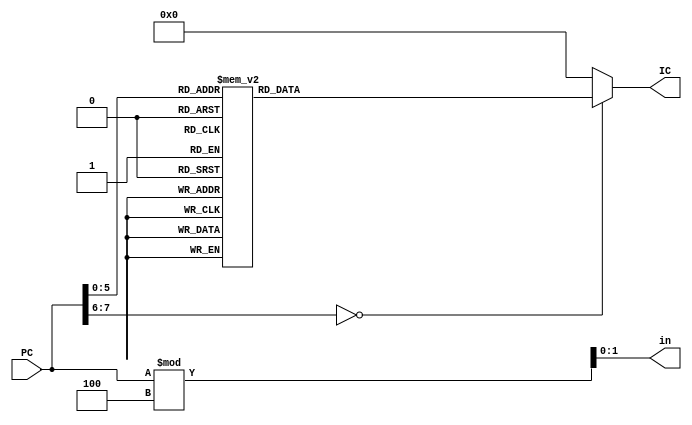
`timescale 1ns / 1ns
module Instruction_Mem(PC,IC,in);
  input [7:0]PC;
  output[7:0] IC;
  output [1:0]in;
  reg [7:0]my_IMreg;
  
  always @(*) begin
    case(PC) 
      8'b00000000: my_IMreg <= 8'b00000000; 
      8'b00000001: my_IMreg <= 8'b00000000; 
      8'b00000010: my_IMreg <= 8'b00000000; 
      8'b00000011: my_IMreg <= 8'b00000000; //ISA Idnetifier instruction 
      8'b00000100: my_IMreg <= 8'b00000101; 
      8'b00000101: my_IMreg <= 8'b01000000; 
      8'b00000110: my_IMreg <= 8'b10100000; 
      8'b00000111: my_IMreg <= 8'b11100011; //MOV R4 #3
      8'b00001000: my_IMreg <= 8'b00000000; 
      8'b00001001: my_IMreg <= 8'b00010000; 
      8'b00001010: my_IMreg <= 8'b10100000; 
      8'b00001011: my_IMreg <= 8'b11100011; //MOV R1 #0
      8'b00001100: my_IMreg <= 8'b00000001;
      8'b00001101: my_IMreg <= 8'b00100000; 
      8'b00001110: my_IMreg <= 8'b10100000;
      8'b00001111: my_IMreg <= 8'b11100011; //MOV R2 #1
      8'b00010000: my_IMreg <= 8'b00000110; 
      8'b00010001: my_IMreg <= 8'b00000000; 
      8'b00010010: my_IMreg <= 8'b00000000; 
      8'b00010011: my_IMreg <= 8'b00001010; //BZ #6
      8'b00010100: my_IMreg <= 8'b00000001; 
      8'b00010101: my_IMreg <= 8'b01000000; 
      8'b00010110: my_IMreg <= 8'b01000100; 
      8'b00010111: my_IMreg <= 8'b11100010; // SUB R4 R4 #1
      8'b00011000: my_IMreg <= 8'b00000001; 
      8'b00011001: my_IMreg <= 8'b00110000; 
      8'b00011010: my_IMreg <= 8'b10000010; 
      8'b00011011: my_IMreg <= 8'b11100000; //ADD R3 R2 R1 
      8'b00011100: my_IMreg <= 8'b00000010; 
      8'b00011101: my_IMreg <= 8'b00010000; 
      8'b00011110: my_IMreg <= 8'b10100000; 
      8'b00011111: my_IMreg <= 8'b11100001; //MOV R1 R2
      8'b00100000: my_IMreg <= 8'b00000011; 
      8'b00100001: my_IMreg <= 8'b00100000; 
      8'b00100010: my_IMreg <= 8'b10100000; 
      8'b00100011: my_IMreg <= 8'b11100001; //MOV R2 R3
      8'b00100100: my_IMreg <= 8'b11111010; 
      8'b00100101: my_IMreg <= 8'b00000000; 
      8'b00100110: my_IMreg <= 8'b00000000; 
      8'b00100111: my_IMreg <= 8'b11101010;  //B #-6
      8'b00101000: my_IMreg <= 8'b00000010; 
      8'b00101001: my_IMreg <= 8'b00000000; 
      8'b00101010: my_IMreg <= 8'b01010100; 
      8'b00101011: my_IMreg <= 8'b11100011; //CMP R4 #2
      8'b00101100: my_IMreg <= 8'b11111111; 
      8'b00101101: my_IMreg <= 8'b00000000; 
      8'b00101110: my_IMreg <= 8'b00000000; 
      8'b00101111: my_IMreg <= 8'b11101010; //B #-1
      8'b00110000: my_IMreg <= 8'b00000011; 
      8'b00110001: my_IMreg <= 8'b00100000;
      8'b00110010: my_IMreg <= 8'b10100000; 
      8'b00110011: my_IMreg <= 8'b11100001;  //MOV R2 R3 
     /*
      8'b00000000: my_IMreg <= 8'b00000001; 
      8'b00000001: my_IMreg <= 8'b00000000; 
      8'b00000010: my_IMreg <= 8'b00000000; 
      8'b00000011: my_IMreg <= 8'b00000000; //ISA Idnetifier instruction 
      8'b00000100: my_IMreg <= 8'b00010011; 
      8'b00000101: my_IMreg <= 8'b00000010; 
      8'b00000110: my_IMreg <= 8'b00110000; 
      8'b00000111: my_IMreg <= 8'b00000000; //MOV R4 #7--ADDI R4, R0, #7
      8'b00001000: my_IMreg <= 8'b10010011; 
      8'b00001001: my_IMreg <= 8'b00000000; 
      8'b00001010: my_IMreg <= 8'b00010000; 
      8'b00001011: my_IMreg <= 8'b00000000; //MOV R1 #0 --ADDI R1, R0, #1
      8'b00001100: my_IMreg <= 8'b10010011;
      8'b00001101: my_IMreg <= 8'b00000010; 
      8'b00001110: my_IMreg <= 8'b00100000;
      8'b00001111: my_IMreg <= 8'b00000000; //ADDI R5, R0, #2
      8'b00010000: my_IMreg <= 8'b00010011;
      8'b00010001: my_IMreg <= 8'b00000001; 
      8'b00010010: my_IMreg <= 8'b00010000;
      8'b00010011: my_IMreg <= 8'b00000000; //MOV R2 #1 --ADDI R2, R0, #1
	  8'b00010100: my_IMreg <= 8'b01100011;  
      8'b00010101: my_IMreg <= 8'b00010101; 
      8'b00010110: my_IMreg <= 8'b01010010; 
      8'b00010111: my_IMreg <= 8'b00000000; //BZ #6 -- BEQ R4,R5,#5
      8'b00011000: my_IMreg <= 8'b00010011; 
      8'b00011001: my_IMreg <= 8'b00000010; 
      8'b00011010: my_IMreg <= 8'b11110010; 
      8'b00011011: my_IMreg <= 8'b00001111; // SUB R4 R4 #1 -- ADDI R4, R4 ,#-1
      8'b00011100: my_IMreg <= 8'b10110011; 
      8'b00011101: my_IMreg <= 8'b10000001; 
      8'b00011110: my_IMreg <= 8'b00100000; 
      8'b00011111: my_IMreg <= 8'b00000000; //ADD R3 R2 R1 -- ADD R3, R2, R1
      8'b00100000: my_IMreg <= 8'b10010011; 
      8'b00100001: my_IMreg <= 8'b00000000; 
      8'b00100010: my_IMreg <= 8'b00000001; 
      8'b00100011: my_IMreg <= 8'b00000000; //MOV R1 R2 -- ADDI R1, R2, #0
      
      8'b00100100: my_IMreg <= 8'b11100011; 
      8'b00100101: my_IMreg <= 8'b00011010; 
      8'b00100110: my_IMreg <= 8'b00000010; 
      8'b00100111: my_IMreg <= 8'b00011110;  //B #-6 -- JAL #-6   BNEQ R4,R0, # -6
      8'b00101000: my_IMreg <= 8'b00010011; 
      8'b00101001: my_IMreg <= 8'b10000001; 
      8'b00101010: my_IMreg <= 8'b00000001; 
      8'b00101011: my_IMreg <= 8'b00000000; //MOV R2 R3 -- ADDI R2, R3, #0
      8'b00101100: my_IMreg <= 8'b11100011; 
      8'b00101101: my_IMreg <= 8'b00011111; 
      8'b00101110: my_IMreg <= 8'b00000010; 
      8'b00101111: my_IMreg <= 8'b00011110; //B #-1  BNEQ R4,RO ,#-1
	  8'b00110000: my_IMreg <= 8'b00010011; 
	  8'b00110001: my_IMreg <= 8'b10000001;
	  8'b00110010: my_IMreg <= 8'b00000001; 
	  8'b00110011: my_IMreg <= 8'b00000000;  //MOV R2 R3  -- ADDI R2, R3, #0 	*/	
      default:my_IMreg <=8'b0;
    endcase
  end
assign IC = my_IMreg;
assign in = PC % 8'b00000100;

endmodule